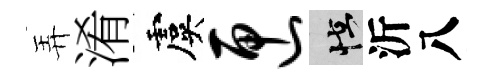
弄淆虞匣怪沂八